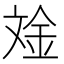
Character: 𪯧